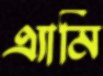
এ্যামি